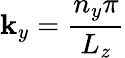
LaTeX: \mathbf{k}_{y}=\frac{{n_{y}\pi}}{{L_{z}}}